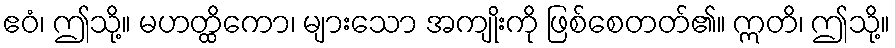
ဧဝံ၊ ဤသို့။ မဟတ္ထိကော၊ များသော အကျိုးကို ဖြစ်စေတတ်၏။ ဣတိ၊ ဤသို့။